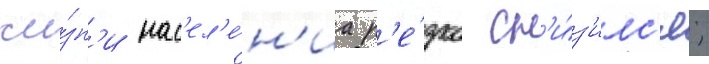
жи́зн'и нас'ел'е́н'иа р'е́зко сн'и́з'илс'я;